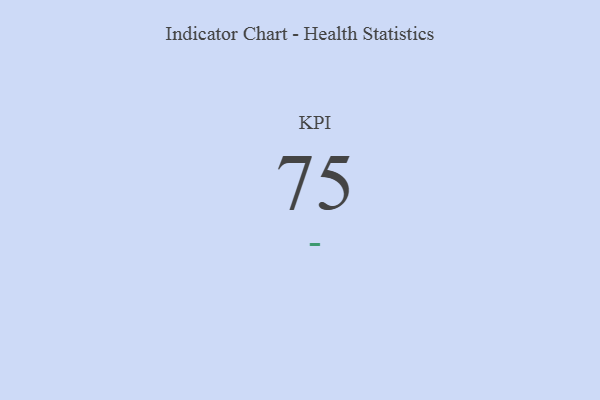
{"axis": {"x": "KPI", "y": "Value"}, "legend": [""], "data": [{"x": "KPI", "y": 75, "type": ""}]}